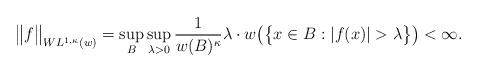
LaTeX: \begin{align*}\big\|f\big\|_{WL^{1,\kappa}(w)}=\sup_B\sup_{\lambda>0}\frac{1}{w(B)^{\kappa}}\lambda\cdot w\big(\big\{x\in B:|f(x)|>\lambda\big\}\big)<\infty.\end{align*}